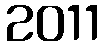
2011